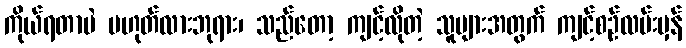
ကိုယ်ရတာပဲ မဟုတ်လားဘုရား၊ သည်တော့ ကျင့်လိုတဲ့ သူများအတွက် ကျင့်စဉ်လမ်းမှန်